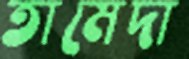
তামেদা